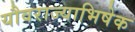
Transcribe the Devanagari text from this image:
यौवराज्याभिषेक